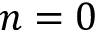
n = 0